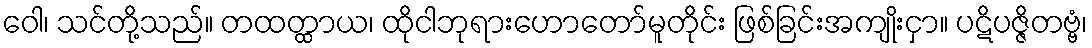
ဝေါ၊ သင်တို့သည်။ တထတ္ထာယ၊ ထိုငါဘုရားဟောတော်မူတိုင်း ဖြစ်ခြင်းအကျိုးငှာ။ ပဋိပဇ္ဇိတဗ္ဗံ၊